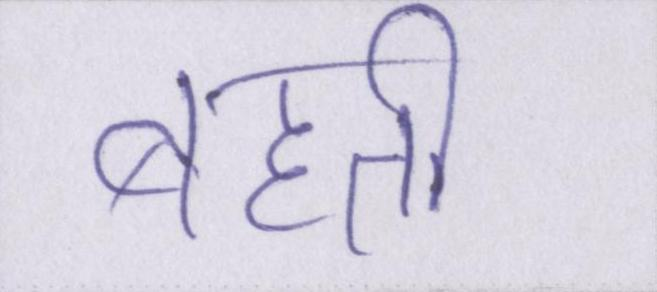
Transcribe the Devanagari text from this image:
बहती